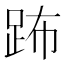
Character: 𨀒